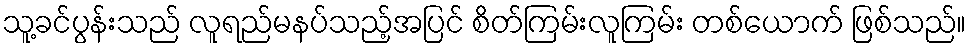
သူ့ခင်ပွန်းသည် လူရည်မနပ်သည့်အပြင် စိတ်ကြမ်းလူကြမ်း တစ်ယောက် ဖြစ်သည်။